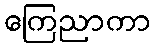
ကြေညာကာ